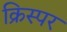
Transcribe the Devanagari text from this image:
क्रिस्पर